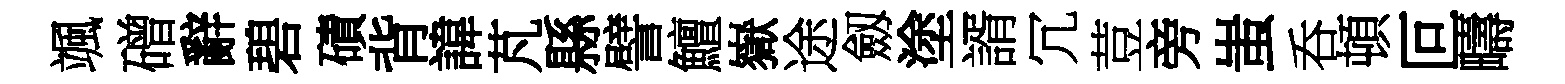
颯磳辭碧磧背諱芃縣譬鱣嶽途劔塗諝冗荳旁蚩呑頓叵疇